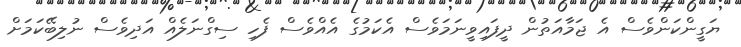
ޔަގީންކަންވެސް އެ ޖަމާއަތުން ދީފައިވީނަމަވެސް އެކަމުގެ އެއްވެސް ފެހި ސިގްނަލެއް އަދިވެސް ނުލިބޭކަމަށް